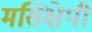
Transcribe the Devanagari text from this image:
मसिक्षेपी